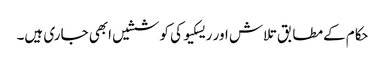
حکام کےمطابق تلاش اور ریسکیو کی کوششیں ابھی جاری ہیں۔